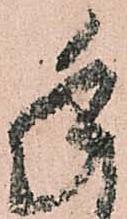
手